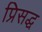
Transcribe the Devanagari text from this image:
प्रिसद्ध